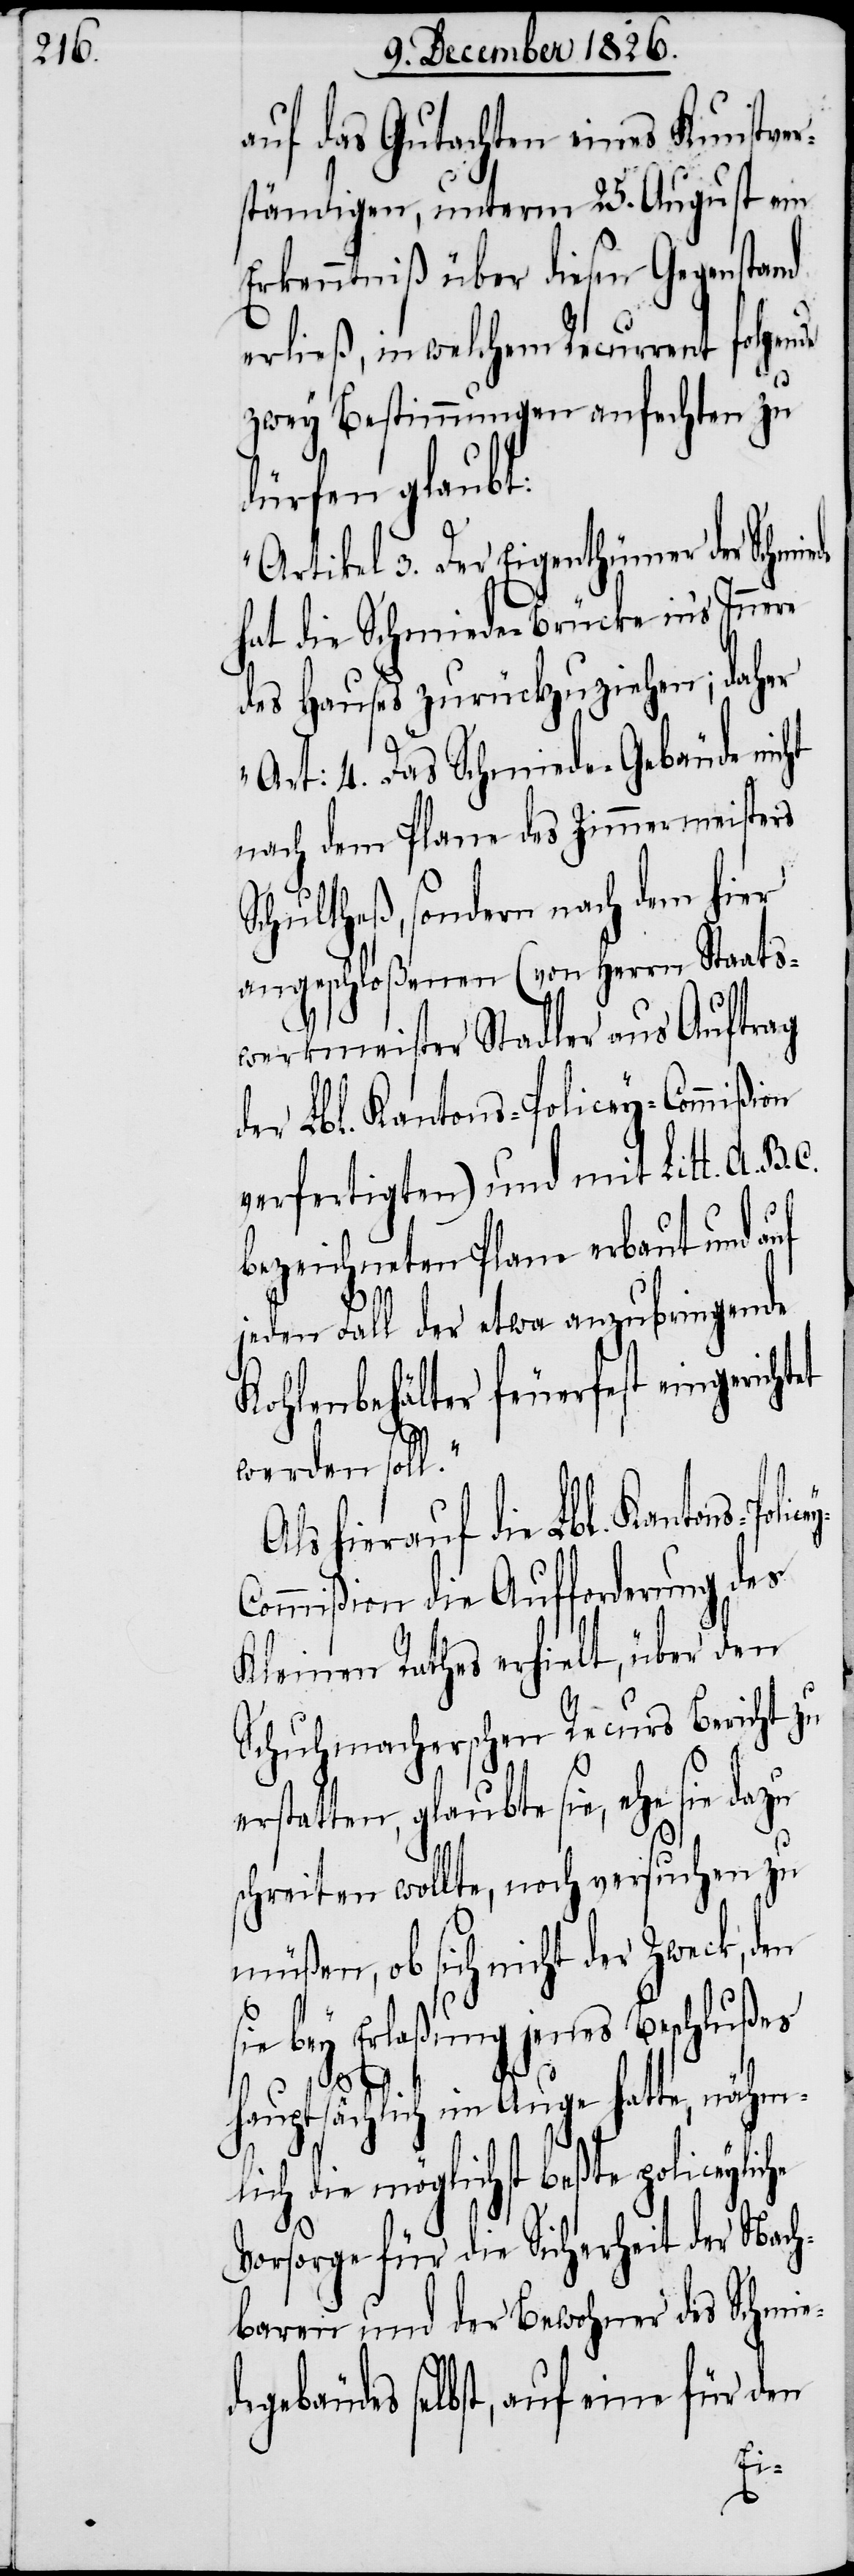
auf das Gutachten eines Kunstver¬
ständigen, unterm 25. August ein
Erkenntniß über diesen Gegenstand
erließ, in welchem Recurrent folgende
zwey Bestimmungen anfechten zu
dürfen glaubt:
„Artikel 3. Der Eigenthümer der Schmie¬
hat die Schmiede-Brücke in’s Innere
des Hauses zurückzuziehen; daher
Art: 4. Das Schmiede-Gebäude nicht
nach dem Plane des Zimmermeisters
Schultheß, sondern nach dem hier
angeschloßenen (von Herrn Staats¬
werkmeister Stadler aus Auftrag
der Lbl. Kantons-Policey-Commißion
verfertigten) und mit Litt. A.
bezeichneten Plane erbaut und auf
jeden Fall der etwa anzubringende
Kohlenbehälter feuerfest eingerich¬
werden soll.“
Als hierauf die Lbl. Kantons-Polic¬
ommißion die Aufforderung des
Kleinen Rathes erhielt, über den
Schuhmacherschen Recurs Bericht zu
erstatten, glaubte sie, ehe sie dazu
schreiten wollte, noch versuchen zu
müßen, ob sich nicht der Zweck, den
sie bey Erlaßung jenes Beschlußes
he
hauptsächlich im Auge hatte, nähm¬
lich die möglichst beßte policeylic¬
Vorsorge für die Sicherheit der Nach¬
baren und der Bewohner des Schmie¬
degebäudes selbst, auf eine für den